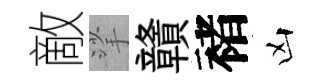
敵挲贛褚凶